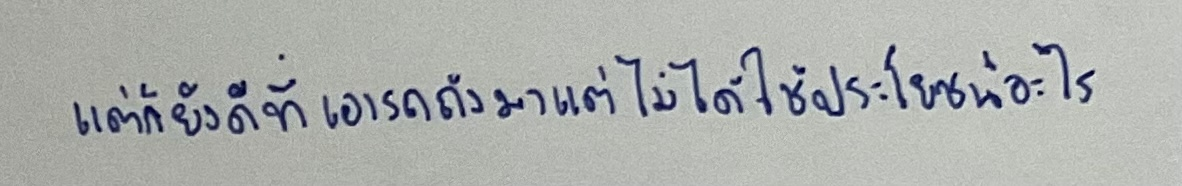
แต่ก็ยังดีที่เอารถถังมาแต่ไม่ได้ใช้ประโยชน์อะไร